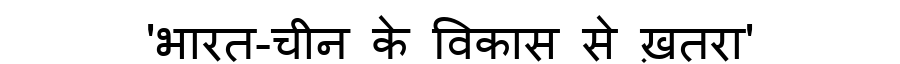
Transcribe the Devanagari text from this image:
'भारत-चीन के विकास से ख़तरा'